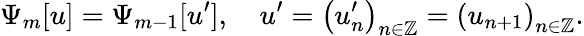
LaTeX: \Psi_{m}[u]=\Psi_{m-1}[u^{\prime}],\quad u^{\prime}=\left(u_{n}^{\prime}\right)_{n\in\mathbb{Z}}=\left(u_{n+1}\right)_{n\in\mathbb{Z}}.